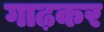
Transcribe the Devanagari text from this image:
गाढ़कर